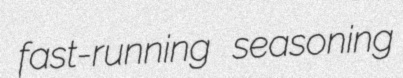
fast-running seasoning